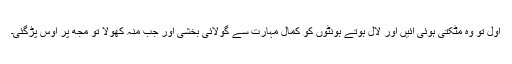
اول تو وہ مٹکتی ہوئی آئیں اور لال ہوتے ہونٹوں کو کمال مہارت سے گولائی بخشی اور جب منہ کھولا تو مجھ پر اوس پڑگئی۔